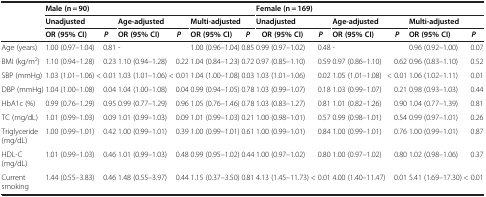
<table><thead><tr><td><b> </b></td><td colspan="6"><b>Male (n = 90)</b></td><td colspan="6"><b>Female (n = 169)</b></td></tr><tr><td><b> </b></td><td colspan="2"><b>Unadjusted</b></td><td colspan="2"><b>Age-adjusted</b></td><td colspan="2"><b>Multi-adjusted</b></td><td colspan="2"><b>Unadjusted</b></td><td colspan="2"><b>Age-adjusted</b></td><td colspan="2"><b>Multi-adjusted</b></td></tr><tr><td><b> </b></td><td><b>OR (95% CI)</b></td><td><b><i>P</i></b></td><td><b>OR (95% CI)</b></td><td><b><i>P</i></b></td><td><b>OR (95% CI)</b></td><td><b><i>P</i></b></td><td><b>OR (95% CI)</b></td><td><b><i>P</i></b></td><td><b>OR (95% CI)</b></td><td><b><i>P</i></b></td><td><b>OR (95% CI)</b></td><td><b><i>P</i></b></td></tr></thead><tbody><tr><td>Age (years)</td><td>1.00 (0.97–1.04)</td><td>0.81</td><td>-</td><td> </td><td>1.00 (0.96–1.04)</td><td>0.85</td><td>0.99 (0.97–1.02)</td><td>0.48</td><td>-</td><td> </td><td>0.96 (0.92–1.00)</td><td>0.07</td></tr><tr><td>BMI (kg/m<sup>2</sup>)</td><td>1.10 (0.94–1.28)</td><td>0.23</td><td>1.10 (0.94–1.28)</td><td>0.22</td><td>1.04 (0.84–1.23)</td><td>0.72</td><td>0.97 (0.85–1.10)</td><td>0.59</td><td>0.97 (0.86–1.10)</td><td>0.62</td><td>0.96 (0.83–1.10)</td><td>0.52</td></tr><tr><td>SBP (mmHg)</td><td>1.03 (1.01–1.06)</td><td>&lt; 0.01</td><td>1.03 (1.01–1.06)</td><td>&lt; 0.01</td><td>1.04 (1.00–1.08)</td><td>0.03</td><td>1.03 (1.01–1.06)</td><td>0.02</td><td>1.05 (1.01–1.08)</td><td>&lt; 0.01</td><td>1.06 (1.02–1.11)</td><td>0.01</td></tr><tr><td>DBP (mmHg)</td><td>1.04 (1.00–1.08)</td><td>0.04</td><td>1.04 (1.00–1.08)</td><td>0.04</td><td>0.99 (0.94–1.05)</td><td>0.78</td><td>1.03 (0.99–1.07)</td><td>0.18</td><td>1.03 (0.99–1.07)</td><td>0.21</td><td>0.98 (0.93–1.03)</td><td>0.44</td></tr><tr><td>HbA1c (%)</td><td>0.99 (0.76–1.29)</td><td>0.95</td><td>0.99 (0.77–1.29)</td><td>0.96</td><td>1.05 (0.76–1.46)</td><td>0.78</td><td>1.03 (0.83–1.27)</td><td>0.81</td><td>1.01 (0.82–1.26)</td><td>0.90</td><td>1.04 (0.77–1.39)</td><td>0.81</td></tr><tr><td>TC (mg/dL)</td><td>1.01 (0.99–1.03)</td><td>0.09</td><td>1.01 (0.99–1.03)</td><td>0.09</td><td>1.01 (0.99–1.03)</td><td>0.21</td><td>1.00 (0.98–1.01)</td><td>0.57</td><td>0.99 (0.98–1.01)</td><td>0.54</td><td>0.99 (0.97–1.01)</td><td>0.26</td></tr><tr><td>Triglyceride (mg/dL)</td><td>1.00 (0.99–1.01)</td><td>0.42</td><td>1.00 (0.99–1.01)</td><td>0.39</td><td>1.00 (0.99–1.01)</td><td>0.61</td><td>1.00 (0.99–1.01)</td><td>0.84</td><td>1.00 (0.99–1.01)</td><td>0.76</td><td>1.00 (0.99–1.01)</td><td>0.87</td></tr><tr><td>HDL-C (mg/dL)</td><td>1.01 (0.99–1.03)</td><td>0.46</td><td>1.01 (0.99–1.03)</td><td>0.48</td><td>0.99 (0.95–1.02)</td><td>0.44</td><td>1.00 (0.97–1.02)</td><td>0.80</td><td>1.00 (0.97–1.02)</td><td>0.80</td><td>1.02 (0.98–1.06)</td><td>0.37</td></tr><tr><td>Current smoking</td><td>1.44 (0.55–3.83)</td><td>0.46</td><td>1.48 (0.55–3.97)</td><td>0.44</td><td>1.15 (0.37–3.50)</td><td>0.81</td><td>4.13 (1.45–11.73)</td><td>&lt; 0.01</td><td>4.00 (1.40–11.47)</td><td>0.01</td><td>5.41 (1.69–17.30)</td><td>&lt; 0.01</td></tr></tbody></table>